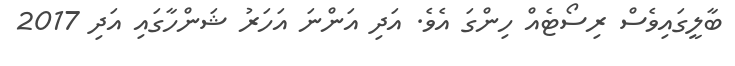
ބާލީގައިވެސް ރިސޯޓެއް ހިންގަ އެވެ. އަދި އަންނަ އަހަރު ޝަންހާގައި އަދި 2017